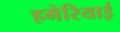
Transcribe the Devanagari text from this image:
हगेरियाई